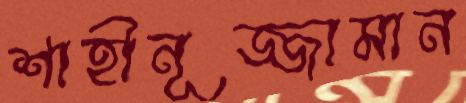
শাহীনূজ্জামান